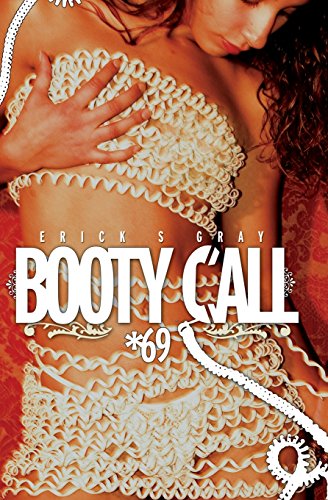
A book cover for Booty Call *69; Erick   S Gray; Romance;